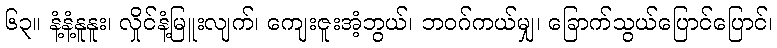
၆၃။ နံ့နံ့နူနူး၊ လှိုင်နံ့မြူးလျက်၊ ကျေးဇူးအံ့ဘွယ်၊ ဘဝဂ်ကယ်မျှ၊ ခြောက်သွယ်ပြောင်ပြောင်၊